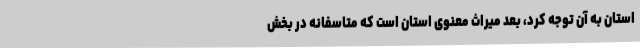
استان به آن توجه کرد، بعد میراث معنوی استان است که متاسفانه در بخش